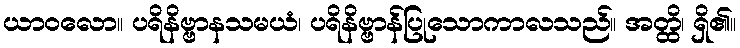
ယာဝလော။ ပရိနိဗ္ဗာနသမယံ၊ ပရိနိဗ္ဗာန်ပြုသောကာလသည်။ အတ္ထိ၊ ရှိ၏။